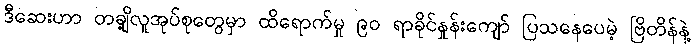
ဒီဆေးဟာ တချို့လူအုပ်စုတွေမှာ ထိရောက်မှု ၉၀ ရာခိုင်နှုန်းကျော် ပြသနေပေမဲ့ ဗြိတိန်နဲ့